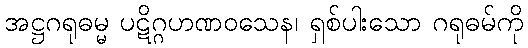
အဋ္ဌဂရုဓမ္မ ပဋိဂ္ဂဟဏဝသေန၊ ရှစ်ပါးသော ဂရုဓမ်ကို